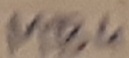
Text: MB4